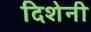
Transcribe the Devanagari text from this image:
दिशेनी